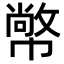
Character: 幤